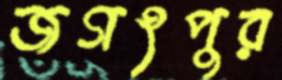
জগৎপুর